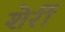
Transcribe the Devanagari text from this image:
शेर्री